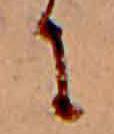
に